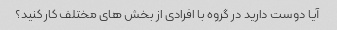
آیا دوست دارید در گروه با افرادی از بخش های مختلف کار کنید؟